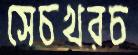
সেচখরচ